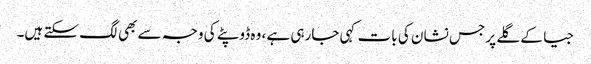
جیا کے گلے پر جس نشان کی بات کہی جارہی ہے ، وہ ڈوپٹے کی وجہ سے بھی لگ سکتے ہیں۔